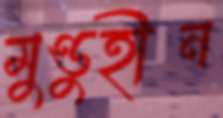
মুণ্ডুহীন